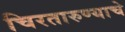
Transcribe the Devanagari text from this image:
चिरतारुण्याचे